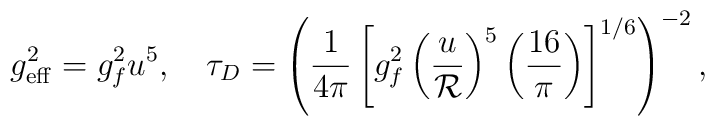
g^2_{\rm eff} = g^2_f u^5, \quad \tau_{D} = \left({1 \over 4 \pi} \left[g_f^2 \left({u \over {\cal R}}\right)^{5}\left({16 \over \pi}\right)\right]^{1/6} \right)^{-2},